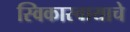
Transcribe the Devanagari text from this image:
स्विकारवायाचे